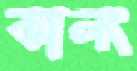
কালং